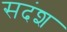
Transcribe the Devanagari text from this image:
सदंश